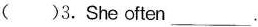
( )3. She often ___.